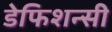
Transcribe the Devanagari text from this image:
डेफिशन्सी